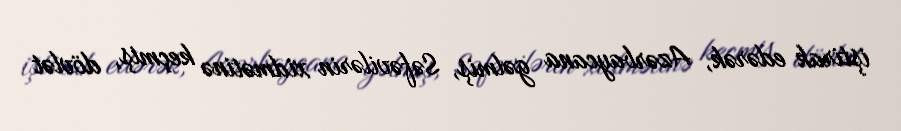
iştirak edərək, Azərbaycana gəlmiş, Səfəvilərin xidmətinə keçmiş, dövlət